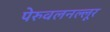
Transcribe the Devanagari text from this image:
पेरुवलनल्लूर